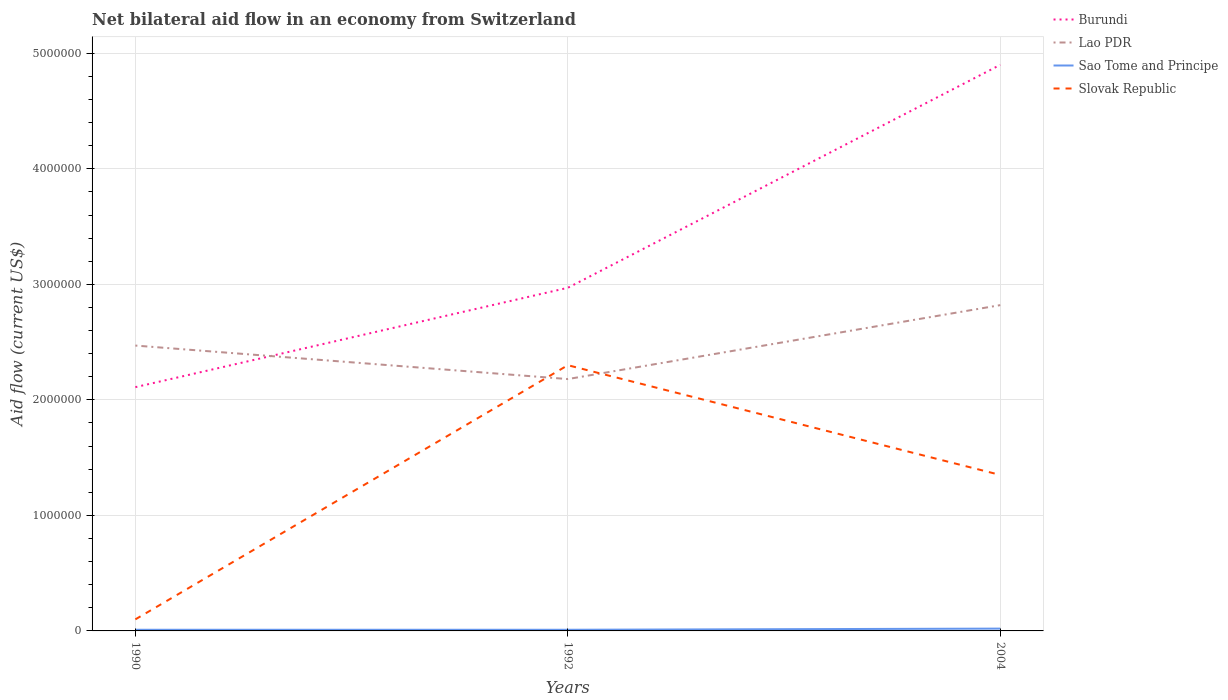
| Years | Burundi | Lao PDR | Sao Tome and Principe | Slovak Republic |
 | --- | --- | --- | --- | --- |
 | 1990 | 2.11e+06 | 2.47e+06 | 1e+04 | 1e+05 |
 | 1992 | 2.97e+06 | 2.18e+06 | 1e+04 | 2.3e+06 |
 | 2004 | 4.9e+06 | 2.82e+06 | 2e+04 | 1.35e+06 |